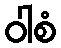
ဝါစံ